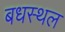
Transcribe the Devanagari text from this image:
बधस्थल